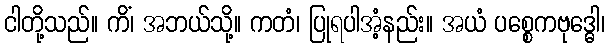
ငါတို့သည်။ ကိံ၊ အဘယ်သို့။ ကတံ၊ ပြုရပါအံ့နည်း။ အယံ ပစ္စေကဗုဒ္ဓေါ၊